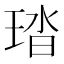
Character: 𤦊